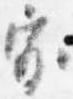
家